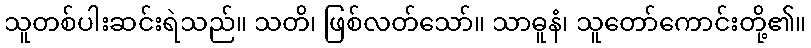
သူတစ်ပါးဆင်းရဲသည်။ သတိ၊ ဖြစ်လတ်သော်။ သာဓူနံ၊ သူတော်ကောင်းတို့၏။